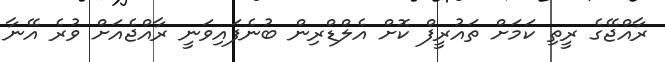
ރާއްޖޭގެ ރީތި ކަމަށް ތައުރީފް ކޮށް އެލްޑްރިން ބުނެފައިވަނީ ރާއްޖެއަށް ވުރެ އޭނާ